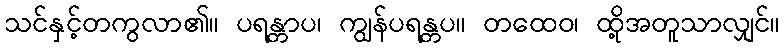
သင်နှင့်တကွလာ၏။ ပရန္တာပ၊ ကျွန်ပရန္တပ။ တထေဝ၊ ထို့အတူသာလျှင်။